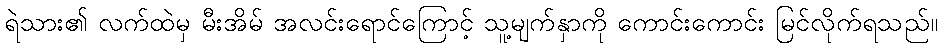
ရဲသား၏ လက်ထဲမှ မီးအိမ် အလင်းရောင်ကြောင့် သူ့မျက်နှာကို ကောင်းကောင်း မြင်လိုက်ရသည်။